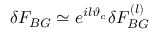
\delta F _ { B G } \simeq e ^ { i l \vartheta _ { c } } \delta F _ { B G } ^ { ( l ) }